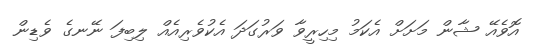
އޮވެއޭ ޝާން މަށަށް އެކަމު މިހިރީވާ ވަރުގަދަ އެކުވެރިއެއް ލިބިފަ ނޭނގެ ވެޑިން